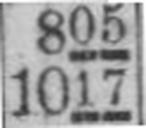
1017